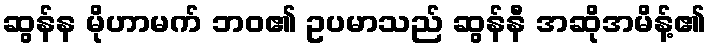
ဆွန်န မိုဟာမက် ဘဝ၏ ဥပမာသည် ဆွန်နီ အဆိုအမိန့်၏